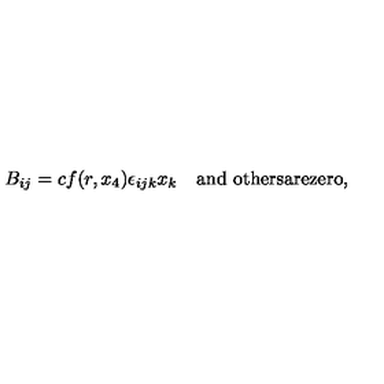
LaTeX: B _ { i j } = c f ( r , x _ { 4 } ) \epsilon _ { i j k } x _ { k } \quad \mathrm { a n d \ o t h e r s a r e z e r o } ,